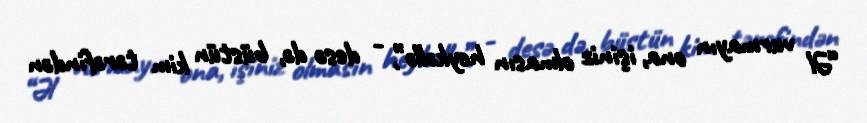
“Əl vurmayın ona, işiniz olmasın heykəllə”, - desə də, büstün kim tərəfindən